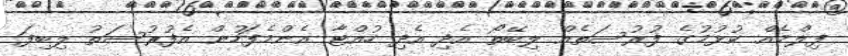
ފިލްމެއް ކުޅުމުގެ ފުރުސަތެއް ލިބޭތޯ އެދި އެދި ހުއްޓާ އެންމެފަހުން އެފުރުސަތު ލިބިފަ